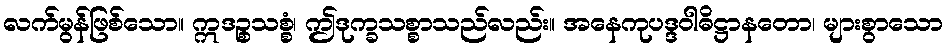
လက်မွန်ဖြစ်သော။ ဣဒဉ္စသစ္စံ၊ ဤဒုက္ခသစ္စာသည်လည်း။ အနေကုပဒ္ဒဝါဓိဋ္ဌာနတော၊ များစွာသော